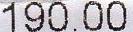
190.00